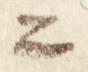
公